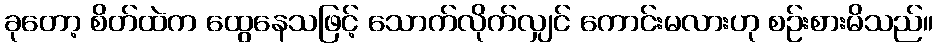
ခုတော့ စိတ်ထဲက ထွေနေသဖြင့် သောက်လိုက်လျှင် ကောင်းမလားဟု စဉ်းစားမိသည်။